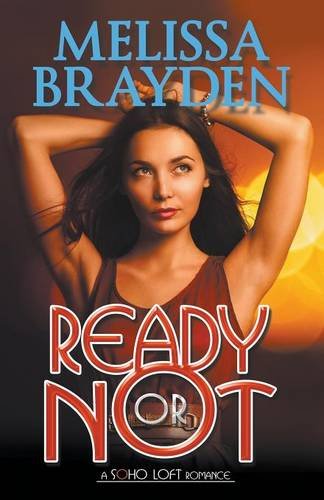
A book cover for Ready or Not (Soho Loft Romance); Melissa Brayden; Romance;